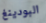
البودينغ